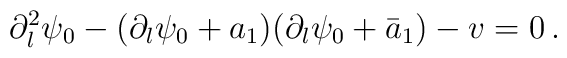
\partial_l^2\psi_0-(\partial_l\psi_0+a_1)(\partial_l\psi_0+\bar{a}_1)-v=0\,.